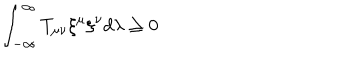
LaTeX: \int _ { - \infty } ^ { \infty } T _ { \mu \nu } { \xi } ^ { \mu } { \xi } ^ { \nu } d \lambda \ge 0